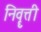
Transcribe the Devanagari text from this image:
निवॄत्ती